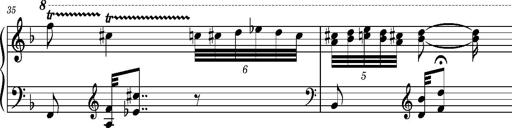
Title: Ungarischer Romanzero
Composer: Franz Liszt